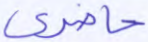
حاضري